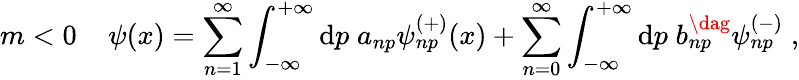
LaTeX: m<0\; \; \; \; \psi(x)=\sum_{n=1}^{\infty}\int_{-\infty}^{+\infty}\mathrm{d}p\; a_{np}\psi_{np}^{(+)}(x)+\sum_{n=0}^{\infty}\int_{-\infty}^{+\infty}\mathrm{d}p\; b_{np}^{\dag}\psi_{np}^{(-)}\; ,